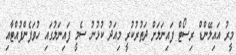
މީރު އައިލޭންޑް ރިސޯޓް ފައިނަލަށް ދަތުރުކުރީ މިއަދު ކުޅުނު ސެމީ ފައިނަލުގައި ހުވަފެންފުއްޓާއި